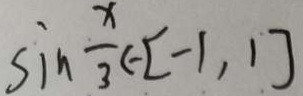
\sin \frac { x } { 3 } ( - [ - 1 , 1 ]